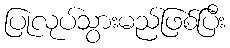
ပြုလုပ်သွားမည်ဖြစ်ပြီး